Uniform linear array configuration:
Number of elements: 4
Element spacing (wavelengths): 1
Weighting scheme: hann
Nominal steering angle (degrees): -30
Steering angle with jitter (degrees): -28.775
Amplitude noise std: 0.05
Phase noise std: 0.05

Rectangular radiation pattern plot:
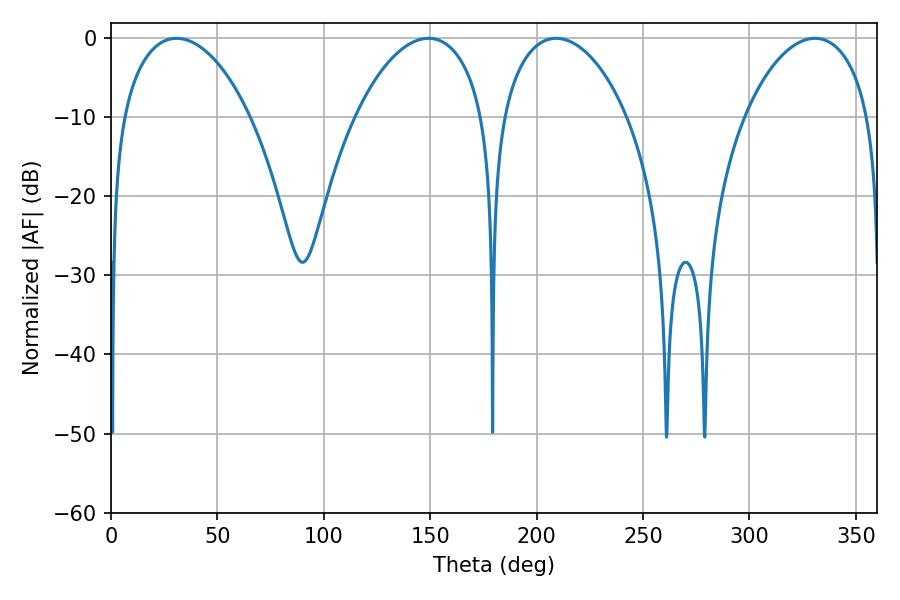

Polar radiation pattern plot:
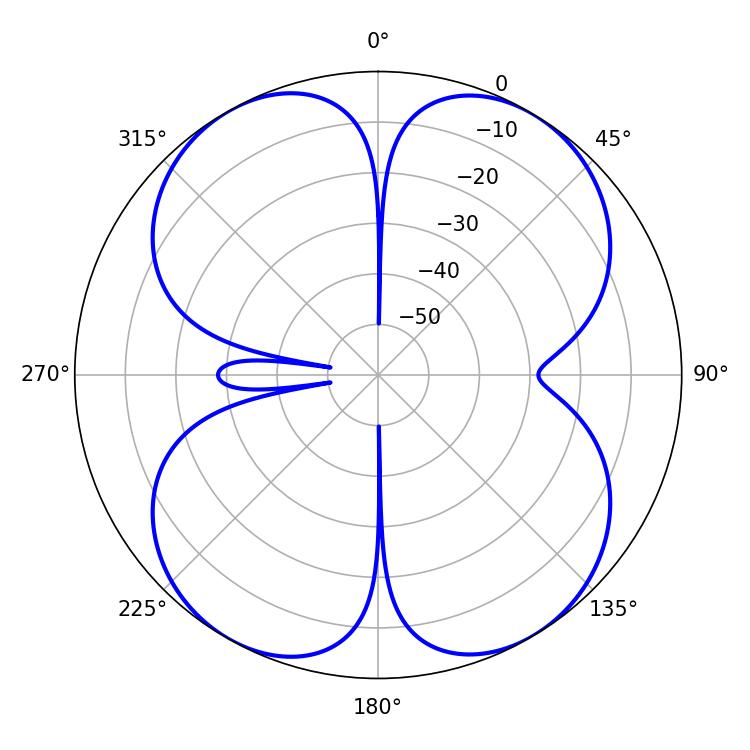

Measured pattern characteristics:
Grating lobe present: TRUE
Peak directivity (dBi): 15.94
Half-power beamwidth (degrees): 34.2
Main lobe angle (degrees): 30.78